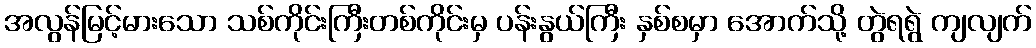
အလွန်မြင့်မားသော သစ်ကိုင်းကြီးတစ်ကိုင်းမှ ပန်းနွယ်ကြီး နှစ်စမှာ အောက်သို့ တွဲရရွဲ ကျလျက်